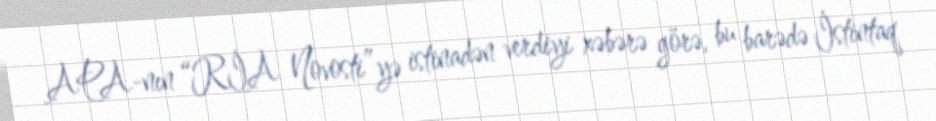
APA-nın “RİA Novosti”yə istinadən verdiyi xəbərə görə, bu barədə İstintaq